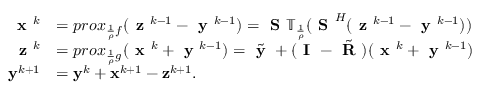
\begin{array} { r l } { \textbf { x } ^ { k } } & { = p r o x _ { \frac { 1 } { \rho } f } ( \textbf { z } ^ { k - 1 } - \textbf { y } ^ { k - 1 } ) = \textbf { S } \mathbb { T } _ { \frac { 1 } { \rho } } ( \textbf { S } ^ { H } ( \textbf { z } ^ { k - 1 } - \textbf { y } ^ { k - 1 } ) ) } \\ { \textbf { z } ^ { k } } & { = p r o x _ { \frac { 1 } { \rho } g } ( \textbf { x } ^ { k } + \textbf { y } ^ { k - 1 } ) = \tilde { \textbf { y } } + ( \textbf { I } - \tilde { \textbf { R } } ) ( \textbf { x } ^ { k } + \textbf { y } ^ { k - 1 } ) } \\ { \mathbf { y } ^ { k + 1 } } & { = \mathbf { y } ^ { k } + \mathbf { x } ^ { k + 1 } - \mathbf { z } ^ { k + 1 } . } \end{array}